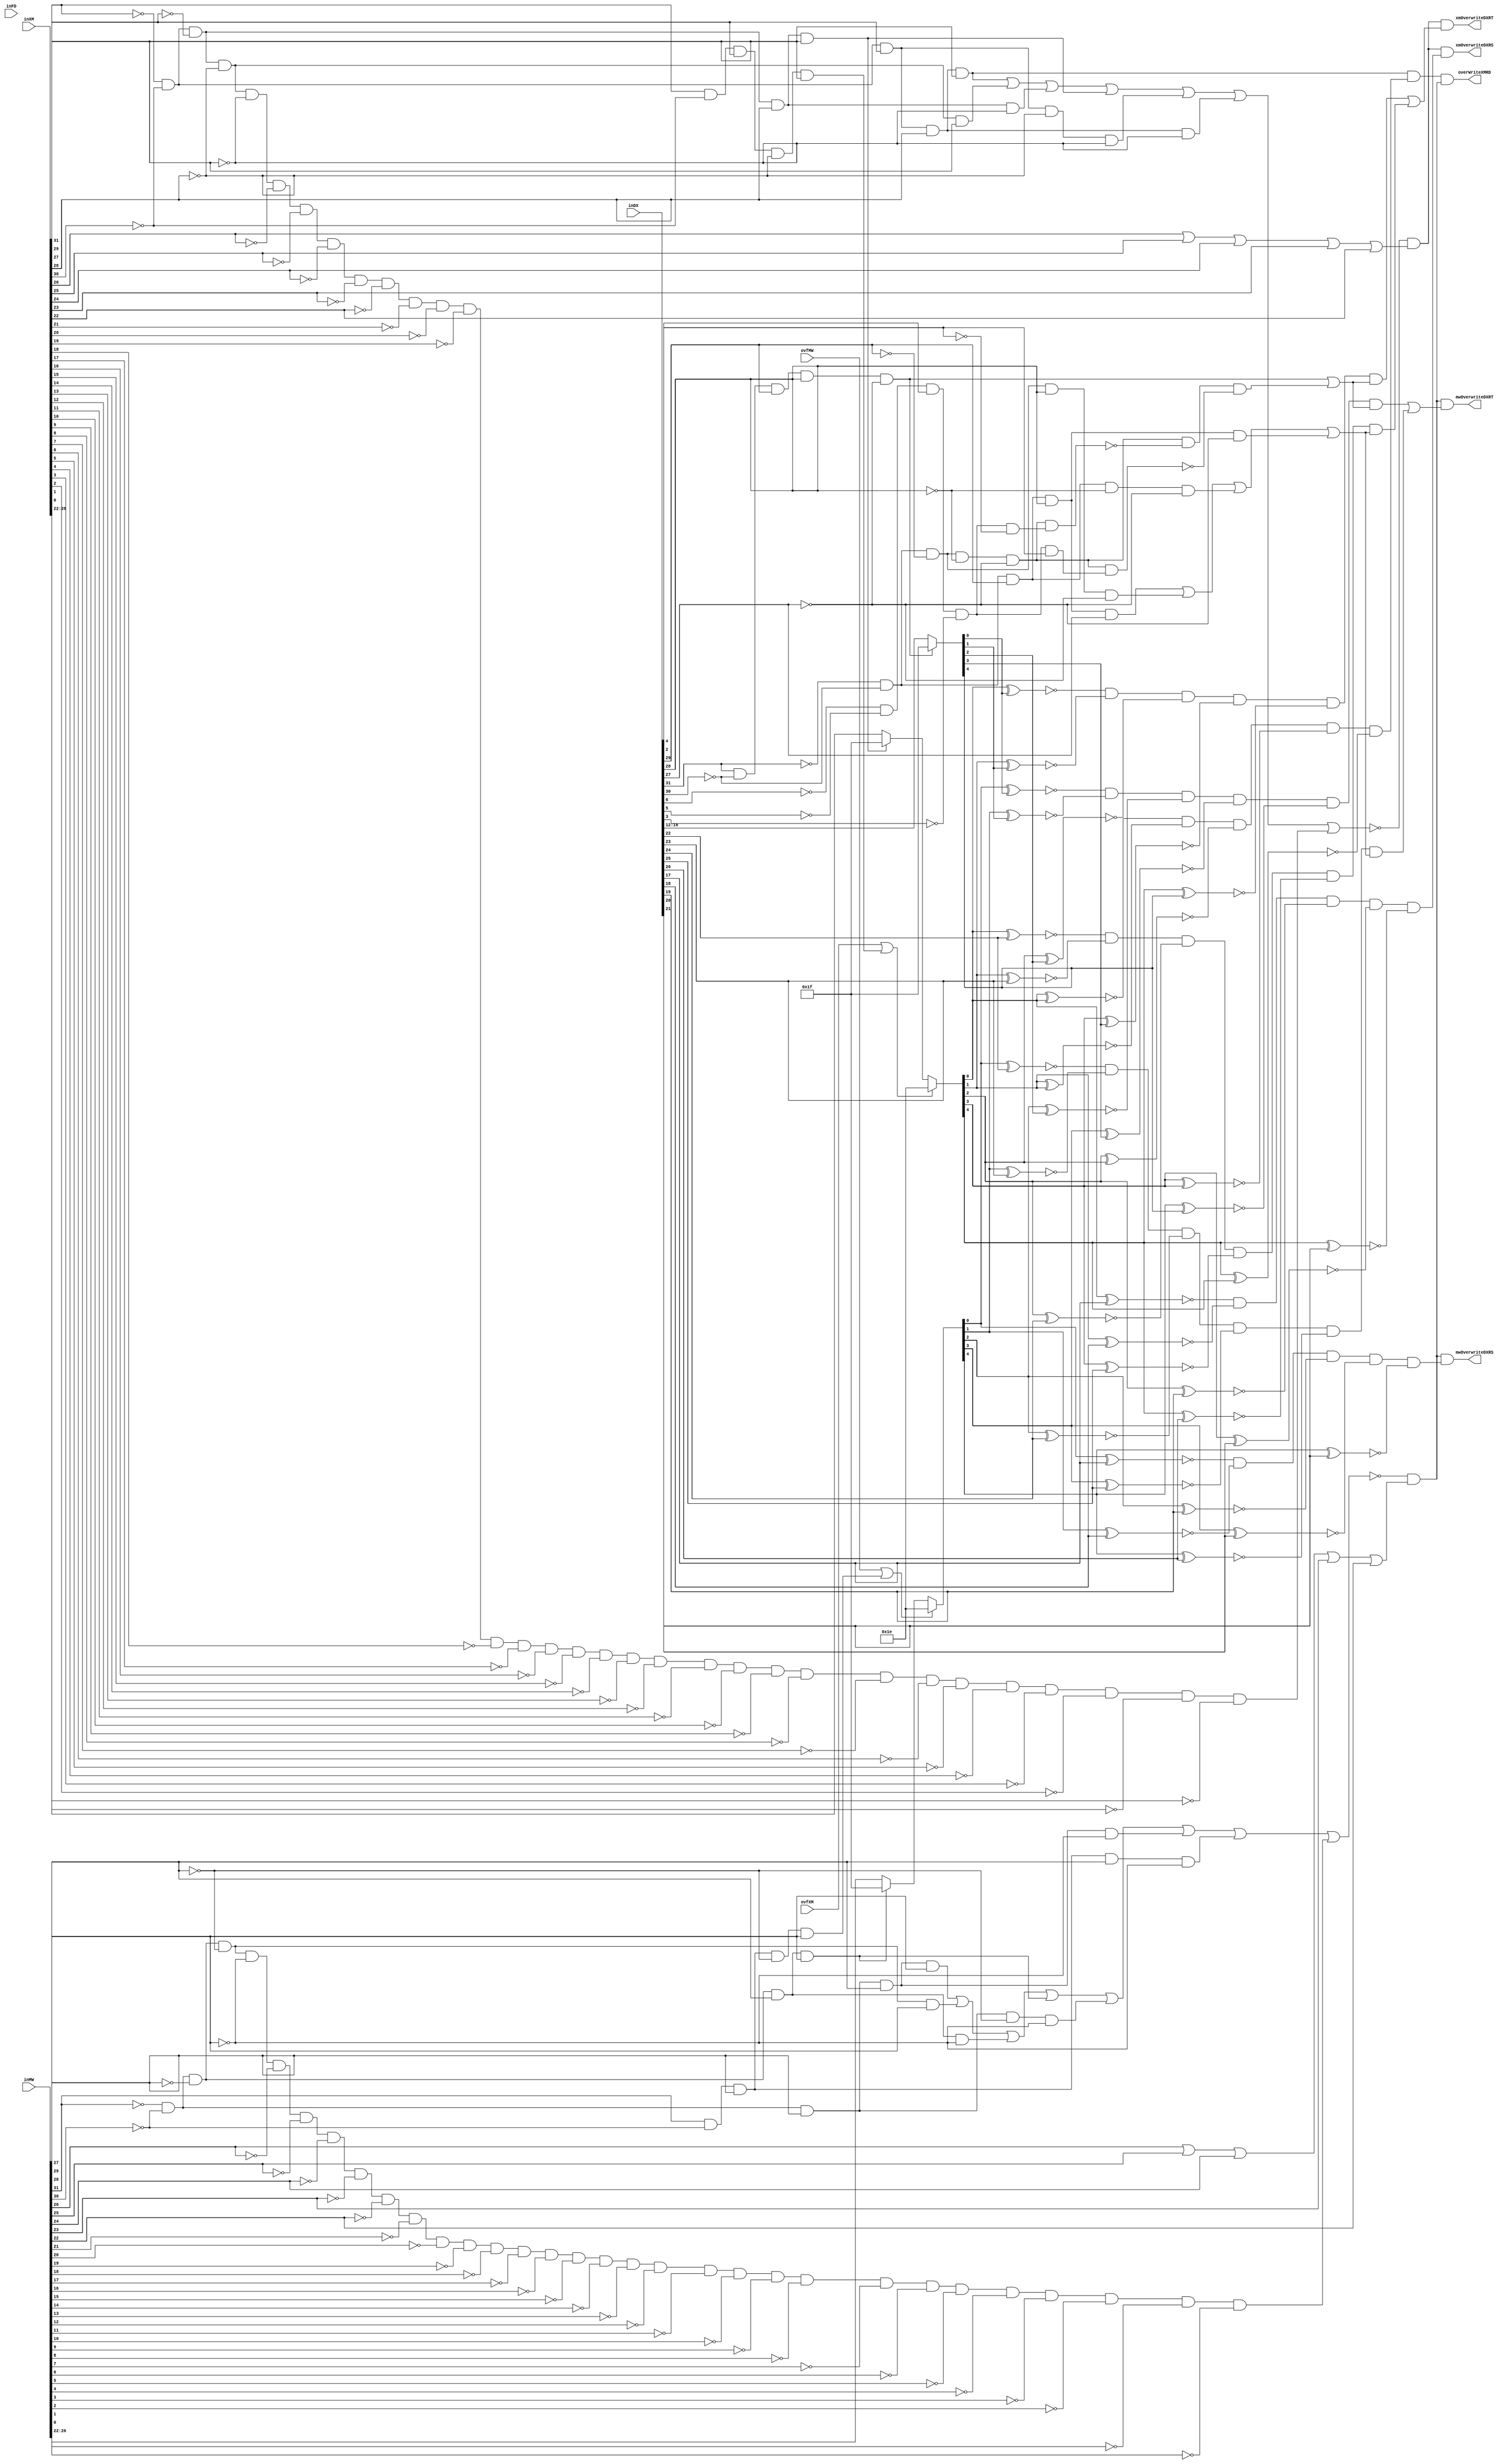
module rwHazardController(inFD,inDX,inXM,inMW,xmOverwriteDXRS,xmOverwriteDXRT,mwOverwriteDXRS,mwOverwriteDXRT,overWriteXMRD,ovfXM,ovfMW/*,debug_mwWritesRD,debug_xmWritesRD,
debug_rtDXCompXM,debug_rtDXCompMW,debug_rsDXCompXM,debug_rsDXCompMW,debug_rdXMCompMW*/
);



input[31:0]inFD,inDX,inXM,inMW;
input ovfXM,ovfMW;
output xmOverwriteDXRS,xmOverwriteDXRT,mwOverwriteDXRS,mwOverwriteDXRT,overWriteXMRD;

//DEBUGS-------------------------
/*
output debug_mwWritesRD,debug_xmWritesRD;
output[4:0]debug_rtDXCompXM,debug_rtDXCompMW,debug_rsDXCompXM,debug_rsDXCompMW,debug_rdXMCompMW;
assign debug_rtDXCompXM=rtDXCompXM;
assign debug_rtDXCompMW=rtDXCompMW;
assign debug_rsDXCompXM=rsDXCompXM;
assign debug_rsDXCompMW=rsDXCompMW;
assign debug_rdXMCompMW=rdXMCompMW;


assign debug_mwWritesRD=mwWritesRD;
assign debug_xmWritesRD=xmWritesRD;
*/
//---------------------------------------
wire[4:0] rsFD,rtFD,rdXM,rdMW,rsDX,rsXM,rtDX,rtXM,rdDX,rdXM_NoOVF,rdMW_NoOVF;
wire mwWritesRD,xmWritesRD,xmUsesRT,dxUsesRT,dxMatchRT_MW,dxMatchRT_XM,dxMatchRD_MW,dxMatchRD_XM,dxMatchRS_MW,dxMatchRS_XM,xmMatchRD,dxReadsRD;
wire isMWJal,isXMJal,isMWSetX,isXMSetX,isDXBEX;

assign isMWJal = ~inMW[31]&~inMW[30]&~inMW[29]&inMW[28]&inMW[27];
assign isXMJal = ~inXM[31]&~inXM[30]&~inXM[29]&inXM[28]&inXM[27];
assign isMWSetX = inMW[31]&~inMW[30]&inMW[29]&~inMW[28]&inMW[27];
assign isXMSetX = inXM[31]&~inXM[30]&inXM[29]&~inXM[28]&inXM[27];

wire [4:0]r30;
assign r30[4:1]={4{1'b1}};
assign r30[0]=1'b0;


assign rdXM_NoOVF= isXMJal ? {5{1'b1}} : inXM[26:22];
assign rdMW_NoOVF= isMWJal ? {5{1'b1}} : inMW[26:22];

assign rdXM=(ovfXM|isXMSetX) ? r30 : rdXM_NoOVF;
assign rdMW = (ovfMW|isMWSetX) ? r30:rdMW_NoOVF;


assign rsDX=inDX[21:17];
assign rdDX=inDX[26:22];
assign rtDX=dx_bex ?{5{1'b1}} :inDX[16:12];

assign rsFD=inFD[21:17];
assign rtFD=inFD[16:12];

wire dx_sw,dx_j,dx_bne,dx_jal,dx_jr,dx_blt,dx_bex,dx_setx;
assign dx_sw=(~inDX[31]&~inDX[30]&inDX[29]&inDX[28]&inDX[27]);
assign dx_j=(~inDX[31]&~inDX[30]&~inDX[29]&~inDX[28]&inDX[27]);
assign dx_bne=(~inDX[31]&~inDX[30]&~inDX[29]&inDX[28]&~inDX[27]);
assign dx_jal=(~inDX[31]&~inDX[30]&~inDX[29]&inDX[28]&inDX[27]);
assign dx_jr=(~inDX[31]&~inDX[30]&inDX[29]&~inDX[28]&~inDX[27]);
assign dx_blt=(~inDX[31]&~inDX[30]&inDX[29]&inDX[28]&~inDX[27]);
assign dx_bex=(inDX[31]&~inDX[30]&inDX[29]&inDX[28]&~inDX[27]);
assign dx_setx=(inDX[31]&~inDX[30]&inDX[29]&inDX[28]&inDX[27]);

assign dxReadsRD= (dx_sw|dx_bne|dx_jr|dx_blt);


wire mw_sw,mw_j,mw_bne,mw_jal,mw_jr,mw_blt,mw_bex,mw_setx,mw_noop;
assign mw_sw=(~inMW[31]&~inMW[30]&inMW[29]&inMW[28]&inMW[27]);
assign mw_j=(~inMW[31]&~inMW[30]&~inMW[29]&~inMW[28]&inMW[27]);
assign mw_bne=(~inMW[31]&~inMW[30]&~inMW[29]&inMW[28]&~inMW[27]);
assign mw_jal=(~inMW[31]&~inMW[30]&~inMW[29]&inMW[28]&inMW[27]);
assign mw_jr=(~inMW[31]&~inMW[30]&inMW[29]&~inMW[28]&~inMW[27]);
assign mw_blt=(~inMW[31]&~inMW[30]&inMW[29]&inMW[28]&~inMW[27]);
assign mw_bex=(inMW[31]&~inMW[30]&inMW[29]&inMW[28]&~inMW[27]);
assign mw_setx=(inMW[31]&~inMW[30]&inMW[29]&inMW[28]&inMW[27]);
assign mw_noop=(~inMW[31]&~inMW[30]&~inMW[29]&~inMW[28]&~inMW[27]&
					 ~inMW[26]&~inMW[25]&~inMW[24]&~inMW[23]&~inMW[22]&
					 ~inMW[21]&~inMW[20]&~inMW[19]&~inMW[18]&~inMW[17]&
					 ~inMW[16]&~inMW[15]&~inMW[14]&~inMW[13]&~inMW[12]&
					 ~inMW[11]&~inMW[10]&~inMW[9]&~inMW[8]&~inMW[7]&~
					 inMW[6]&~inMW[5]&~inMW[4]&~inMW[3]&~inMW[2]&~inMW[1]&~inMW[0]);

assign mwWritesRD= (~(mw_sw|mw_j|mw_bne|mw_jal|mw_jr|mw_blt|mw_bex|mw_noop)) & (inMW[26]|inMW[25]|inMW[24]|inMW[23]|inMW[22]);

wire xm_sw,xm_j,xm_bne,xm_jal,xm_jr,xm_blt,xm_bex,xm_setx,xm_noop;
assign xm_sw=(~inXM[31]&~inXM[30]&inXM[29]&inXM[28]&inXM[27]);
assign xm_j=(~inXM[31]&~inXM[30]&~inXM[29]&~inXM[28]&inXM[27]);
assign xm_bne=(~inXM[31]&~inXM[30]&~inXM[29]&inXM[28]&~inXM[27]);
assign xm_jal=(~inXM[31]&~inXM[30]&~inXM[29]&inXM[28]&inXM[27]);
assign xm_jr=(~inXM[31]&~inXM[30]&inXM[29]&~inXM[28]&~inXM[27]);
assign xm_blt=(~inXM[31]&~inXM[30]&inXM[29]&inXM[28]&~inXM[27]);
assign xm_bex=(inXM[31]&~inXM[30]&inXM[29]&inXM[28]&~inXM[27]);
assign xm_setx=(inXM[31]&~inXM[30]&inXM[29]&inXM[28]&inXM[27]);
assign xm_noop=(~inXM[31]&~inXM[30]&~inXM[29]&~inXM[28]&~inXM[27]&
					 ~inXM[26]&~inXM[25]&~inXM[24]&~inXM[23]&~inXM[22]&
					 ~inXM[21]&~inXM[20]&~inXM[19]&~inXM[18]&~inXM[17]&
					 ~inXM[16]&~inXM[15]&~inXM[14]&~inXM[13]&~inXM[12]&
					 ~inXM[11]&~inXM[10]&~inXM[9]&~inXM[8]&~inXM[7]&
					 ~inXM[6]&~inXM[5]&~inXM[4]&~inXM[3]&~inXM[2]&~inXM[1]&~inXM[0]);

assign xmWritesRD= (~(xm_sw|xm_j|xm_bne|xm_jal|xm_jr|xm_blt|xm_noop))&(inXM[26]|inXM[25]|inXM[24]|inXM[23]|inXM[22]);

wire dx_sll,dx_srr, usesRT;
assign dx_sll= (~inDX[31]&~inDX[30]&~inDX[29]&~inDX[28]&~inDX[27])&(~inDX[6]&~inDX[5]&inDX[4]&~inDX[3]&~inDX[2]);
assign dx_srr= (~inDX[31]&~inDX[30]&~inDX[29]&~inDX[28]&~inDX[27])&(~inDX[6]&~inDX[5]&inDX[4]&~inDX[3]&inDX[2]);
assign usesRT=dx_bex|(~inDX[31]&~inDX[30]&~inDX[29]&~inDX[28]&~inDX[27])&~dx_sll&~dx_srr;

wire [4:0]rtDXCompXM,rtDXCompMW,rsDXCompXM,rsDXCompMW,rdXMCompMW,rsFDComp,rtFDComp,rdDXCompXM,rdDXCompMW;


xnor(rdDXCompXM[0],rdXM[0],rdDX[0]);
xnor(rdDXCompXM[1],rdXM[1],rdDX[1]);
xnor(rdDXCompXM[2],rdXM[2],rdDX[2]);
xnor(rdDXCompXM[3],rdXM[3],rdDX[3]);
xnor(rdDXCompXM[4],rdXM[4],rdDX[4]);

xnor(rdDXCompMW[0],rdMW[0],rdDX[0]);
xnor(rdDXCompMW[1],rdMW[1],rdDX[1]);
xnor(rdDXCompMW[2],rdMW[2],rdDX[2]);
xnor(rdDXCompMW[3],rdMW[3],rdDX[3]);
xnor(rdDXCompMW[4],rdMW[4],rdDX[4]);


xnor(rtDXCompXM[0],rdXM[0],rtDX[0]);
xnor(rtDXCompXM[1],rdXM[1],rtDX[1]);
xnor(rtDXCompXM[2],rdXM[2],rtDX[2]);
xnor(rtDXCompXM[3],rdXM[3],rtDX[3]);
xnor(rtDXCompXM[4],rdXM[4],rtDX[4]);

xnor(rtDXCompMW[0],rdMW[0],rtDX[0]);
xnor(rtDXCompMW[1],rdMW[1],rtDX[1]);
xnor(rtDXCompMW[2],rdMW[2],rtDX[2]);
xnor(rtDXCompMW[3],rdMW[3],rtDX[3]);
xnor(rtDXCompMW[4],rdMW[4],rtDX[4]);

xnor(rsDXCompXM[0],rdXM[0],rsDX[0]);
xnor(rsDXCompXM[1],rdXM[1],rsDX[1]);
xnor(rsDXCompXM[2],rdXM[2],rsDX[2]);
xnor(rsDXCompXM[3],rdXM[3],rsDX[3]);
xnor(rsDXCompXM[4],rdXM[4],rsDX[4]);

xnor(rsDXCompMW[0],rdMW[0],rsDX[0]);
xnor(rsDXCompMW[1],rdMW[1],rsDX[1]);
xnor(rsDXCompMW[2],rdMW[2],rsDX[2]);
xnor(rsDXCompMW[3],rdMW[3],rsDX[3]);
xnor(rsDXCompMW[4],rdMW[4],rsDX[4]);

xnor(rdXMCompMW[0],rdXM[0],rdXM[0]);
xnor(rdXMCompMW[1],rdXM[1],rdXM[1]);
xnor(rdXMCompMW[2],rdXM[2],rdXM[2]);
xnor(rdXMCompMW[3],rdXM[3],rdXM[3]);
xnor(rdXMCompMW[4],rdXM[4],rdXM[4]);


and(dxMatchRD_XM,rdDXCompXM[0],rdDXCompXM[1],rdDXCompXM[2],rdDXCompXM[3],rdDXCompXM[4]);
and(dxMatchRD_MW,rdDXCompMW[0],rdDXCompMW[1],rdDXCompMW[2],rdDXCompMW[3],rdDXCompMW[4]);

and(dxMatchRT_XM,rtDXCompXM[0],rtDXCompXM[1],rtDXCompXM[2],rtDXCompXM[3],rtDXCompXM[4]);
and(dxMatchRT_MW,rtDXCompMW[0],rtDXCompMW[1],rtDXCompMW[2],rtDXCompMW[3],rtDXCompMW[4]);
and(dxMatchRS_XM,rsDXCompXM[0],rsDXCompXM[1],rsDXCompXM[2],rsDXCompXM[3],rsDXCompXM[4]);
and(dxMatchRS_MW,rsDXCompMW[0],rsDXCompMW[1],rsDXCompMW[2],rsDXCompMW[3],rsDXCompMW[4]);
and(xmMatchRD,rdXMCompMW[0],rdXMCompMW[1],rdXMCompMW[2],rdXMCompMW[3],rdXMCompMW[4]);


wire isSW,isMWLW;
assign isLMWW=(~inMW[31]&inMW[30]&~inMW[29]&~inMW[28]&~inMW[27]);

assign isSW=(~inXM[31]&~inXM[30]&inXM[29]&inXM[28]&inXM[27]);

assign overWriteXMRD= isSW & xmMatchRD & mwWritesRD;
assign xmOverwriteDXRS = xmWritesRD & dxMatchRS_XM;
assign xmOverwriteDXRT = xmWritesRD & ((dxMatchRT_XM & usesRT)|(dxMatchRD_XM & dxReadsRD));
assign mwOverwriteDXRS = mwWritesRD & dxMatchRS_MW;
assign mwOverwriteDXRT = mwWritesRD & ((dxMatchRT_MW & usesRT)|(dxMatchRD_MW & dxReadsRD));


endmodule